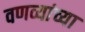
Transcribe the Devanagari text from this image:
वणव्यांच्या